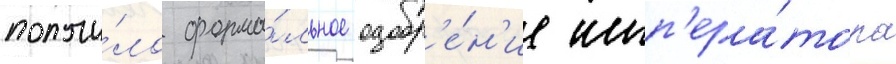
получи́ло форма́льное одобр'е́н'ие имп'ера́тора